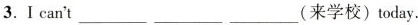
3.I can‘t___（来学校）today.